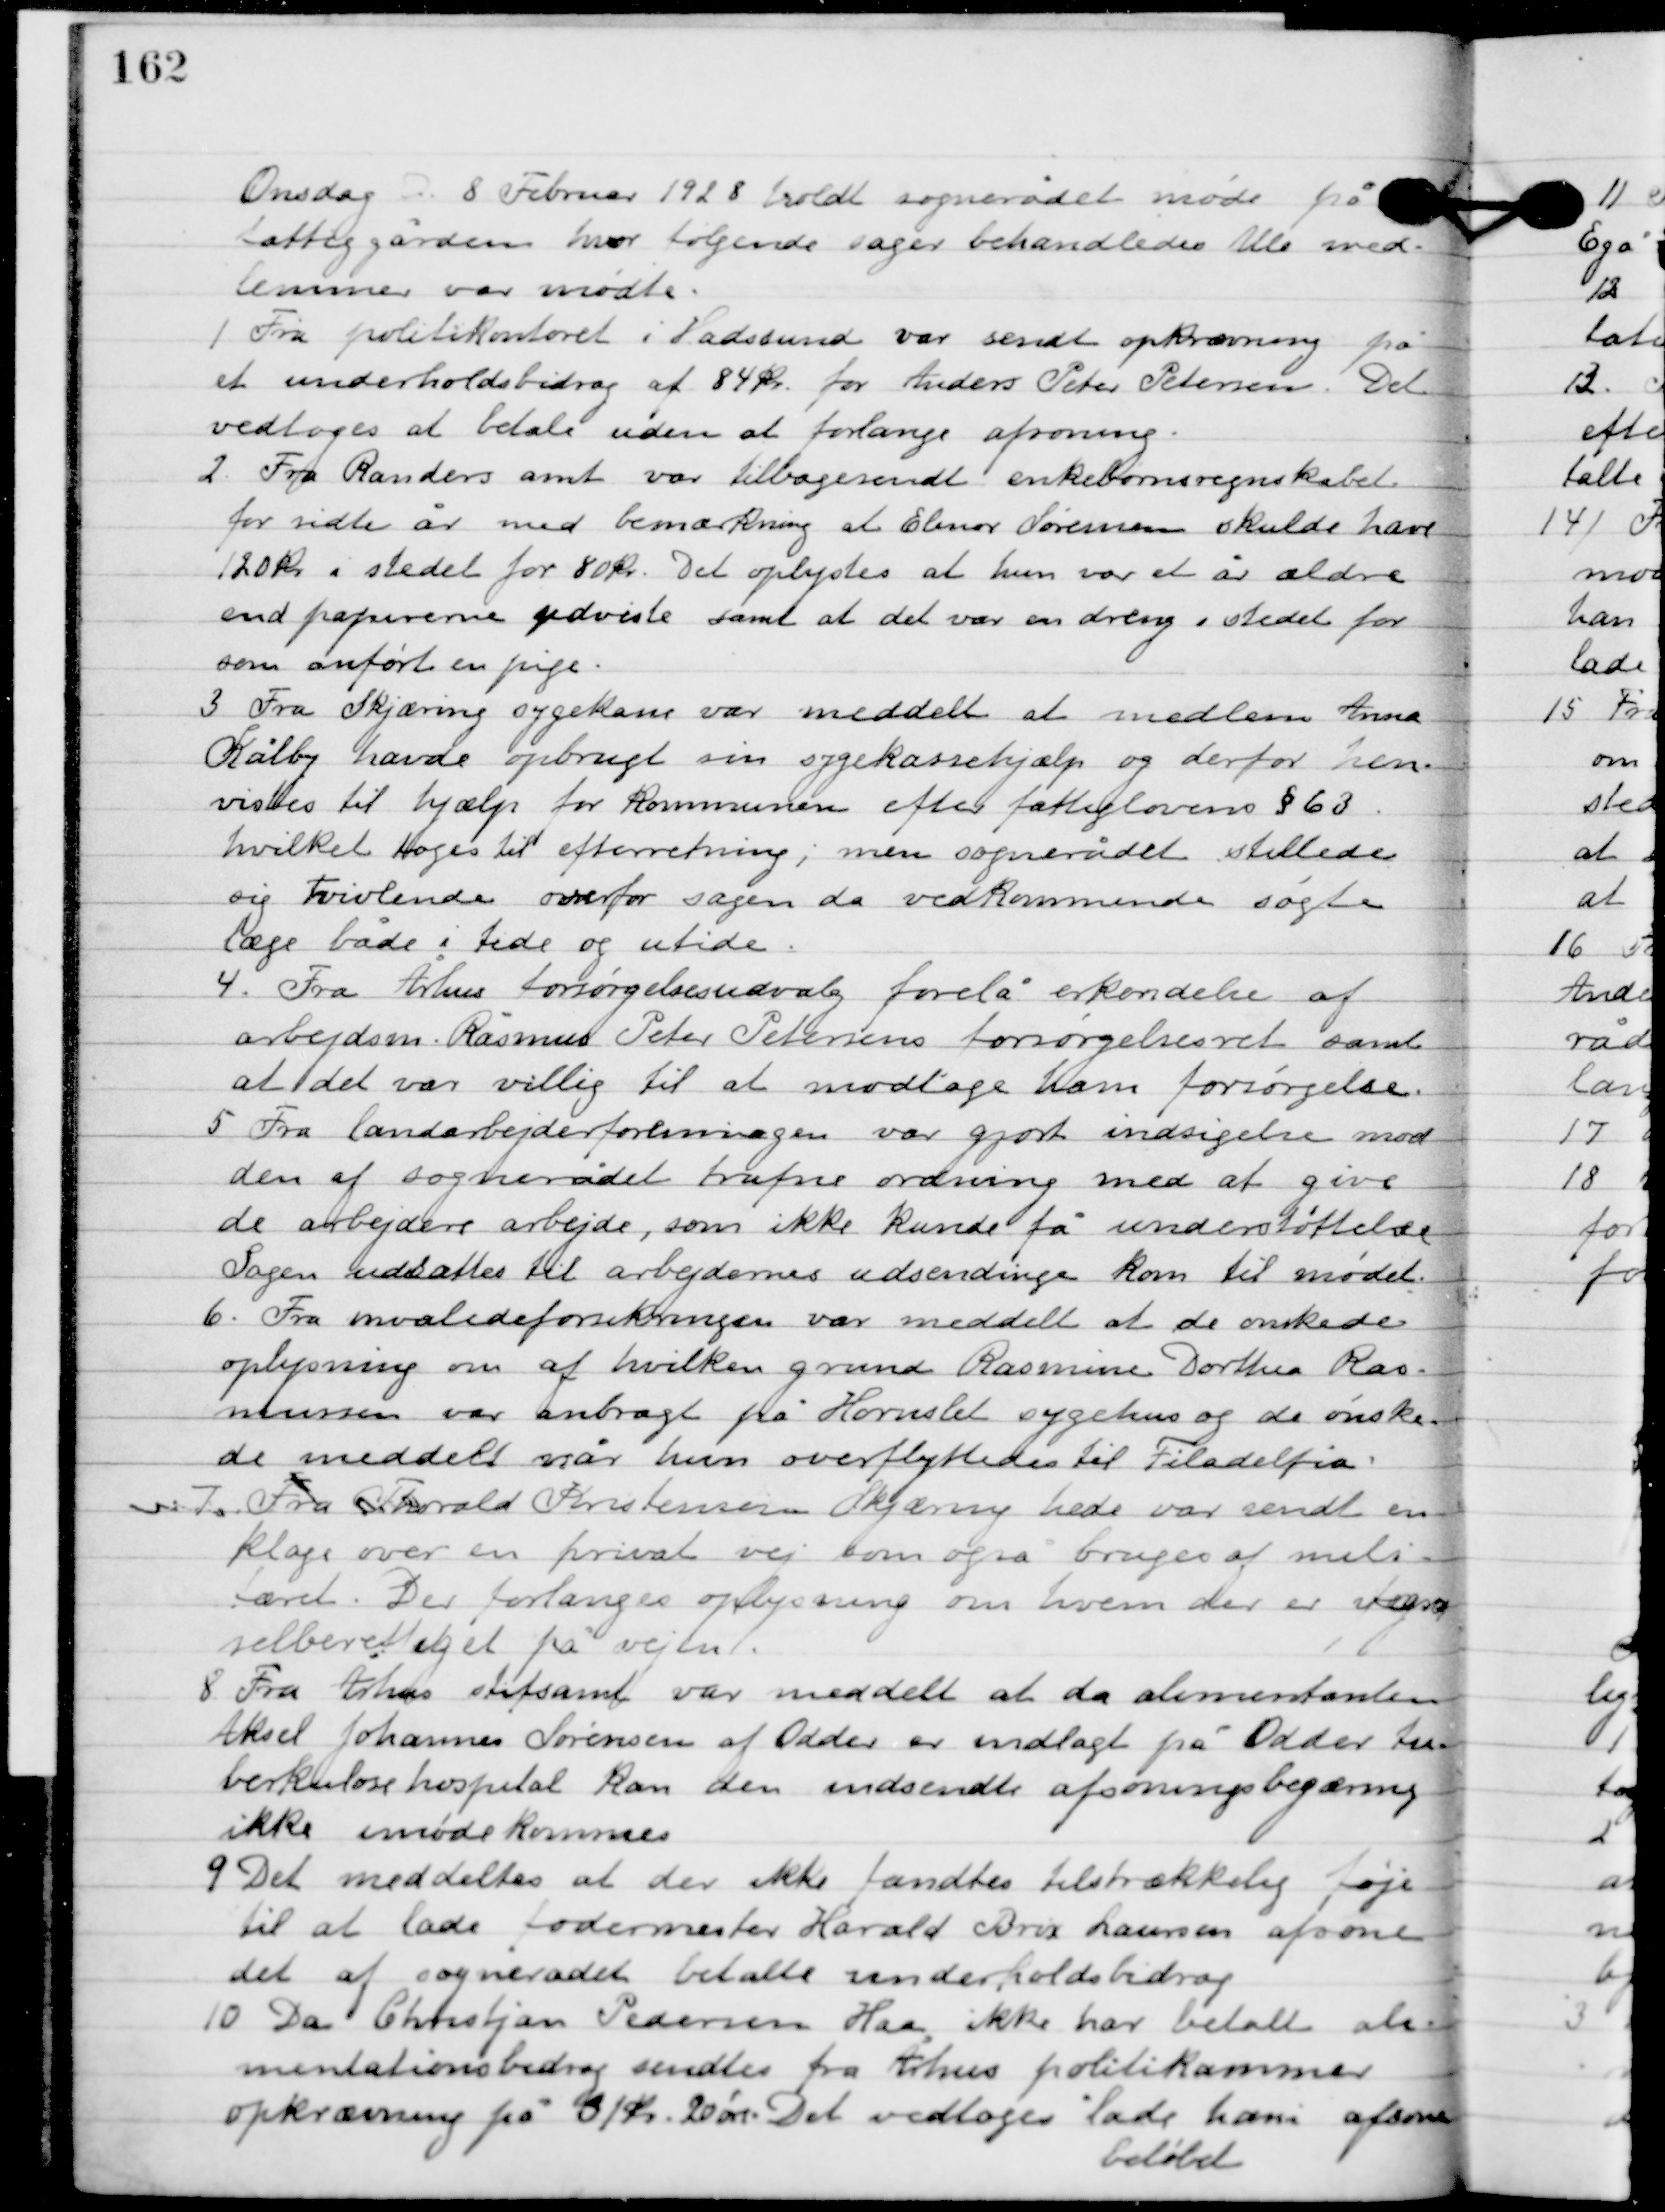
Transskription:
Onsdag D. 8. Februar 1928 holdt sognerådet møde på sit lokale
 på fattiggården, hvor følgende sager behandledes. Alle med-
lemmer var mødte.

1

Fra politikontoret i Hadsund var sendt opkrævning på
et underholdsbidrag af 84 kr. for Anders Peter Petersen. Det
vedtoges at betale uden at forlange afsoning.

2

Fra Randers amt var tilbagesendt enke børns regnskabet
 for sidste år med bemærkning at Elinor Sørensen skulde have
120 kr. i stedet for 80 kr. det oplystes at hun var et år ældre
end papirerne udviste, samt at det var en dreng i stedet for
som anført en pige.

3

Fra Skjæring sygekasse var meddelt at medlem Anna
Kålby havde opbrugt sin sygekassehjælp og derfor hen-
vistes til hjælp for kommunen efter fattiglovens § 63,
hvilket toges til efterretning; men sognerådet stillede
sig tvivlende overfor sagen, da vedkommende søgte
læge både i tide og utide.

4

Fra Århus forsørgelsesudvalg forelå erkendelse af
arbejdsm. Rasmus Peter Petersens forsørgelsesret, samt
at det var villig til at modtage ham forsørgelse.

5

Fra landsarbejderforeningen var gjort indsigelse mod
den af sognerådet trufne ordning med at give
de arbejdere arbejde, som ikke kunde få understøttelse.
Sagen udsattes til arbejdernes udsendinge kom til mødet.

6

Fra invalideforsikringen var meddelt at de ønske-
de oplysninger om af hvilken grunde Rasmine Dorthea Ras-
mussen var anbragt på Hornslet sygehus og de ønske-
de meddelt når hun overflyttedes til Filadelfia.

7

Fra Thorvald Kristensen Skjæring hede var sendt en
klage over en privat vej som også bruges af mili-
tæret. Det forlanges oplysning om hvem der er færd-
selberettiget på vejen.

8

Fra Århus stiftsamt var meddelt at da alimentanten
Aksel Johannes Sørensen af Odder er indlagt på Odder tu-
berkulose hospital kan den indsendte afsoningsbegæring
ikke imødekommes.

9

Det meddeltes at de ikke fandtes tilstrækkelig føje
til at lade fodermester Harald Brix Laursen afsone
det af sognerådet betalte underholdsbidrag.

10

Da Christjan Pedersen Haa, ikke har betalt ali-
mentationsbidrag sendtes fra Århus politikammer
 opkrævning på 31 Kr. 20 øre. Det vedtoges lade han afsone
 beløbet.